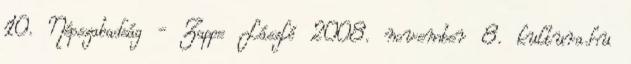
10. Népszabadság - Zappe László 2008. november 8. kultura.hu